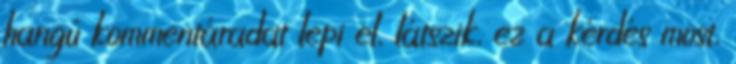
hangú kommentáradat lepi el, látszik, ez a kérdés most,